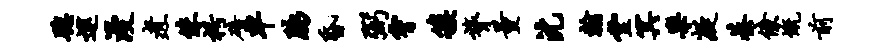
聪逮漫煮侏枵碚车脉昏弼霄簇膂量沈翰堂冥乐凝綦僚慨前